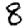
Digit: 8